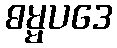
ဓမ္မပဒေ